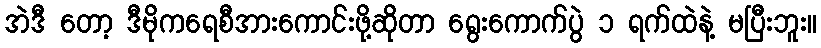
အဲဒီ တော့ ဒီမိုကရေစီအားကောင်းဖို့ဆိုတာ ရွေးကောက်ပွဲ ၁ ရက်ထဲနဲ့ မပြီးဘူး။